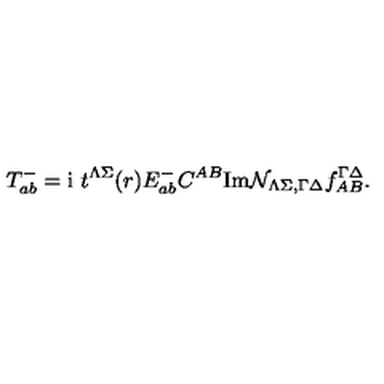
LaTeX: T _ { a b } ^ { - } = \mathrm { i } \ t ^ { \Lambda \Sigma } ( r ) E _ { a b } ^ { - } C ^ { A B } \mathrm { I m } { \cal N } _ { \Lambda \Sigma , \Gamma \Delta } f _ { A B } ^ { \Gamma \Delta } .